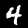
Label: 4